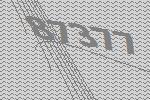
87377